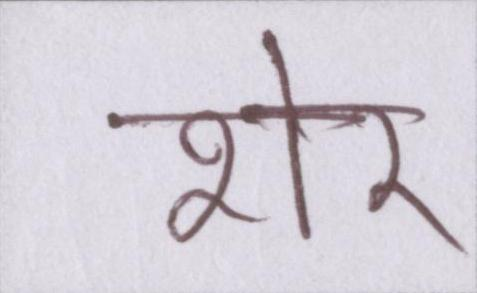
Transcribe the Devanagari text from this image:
शेर